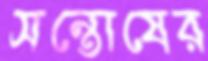
সন্তোষের